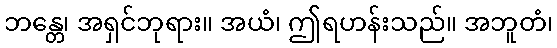
ဘန္တေ၊ အရှင်ဘုရား။ အယံ၊ ဤရဟန်းသည်။ အဘူတံ၊